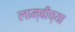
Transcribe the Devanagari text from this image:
लाम्बीच्या